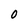
Character: O